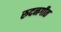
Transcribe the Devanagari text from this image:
रुदनगीत